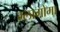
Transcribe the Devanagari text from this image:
ग्लागोमा